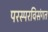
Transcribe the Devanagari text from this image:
परस्परविसंगत